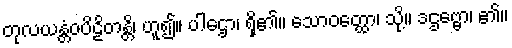
တုလယန္တံဝပိဠိတန္တိ၊ ဟူ၍။ ပါဌော၊ ရှိ၏။ သောဝတ္ထော၊ သို့။ ဒဌဗ္ဗော၊ ၏။